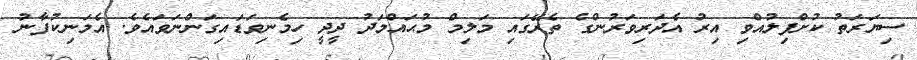
ސިޔަރަތު ކުށްފިލުއްވި އިރު އެދަރިވަރުންގެ ތެރޭގައި މަލިމް މުޙައްމަދު ދީދީ ހިމެނިވަޑައިގަންނަވައެވެ. އެމަނިކުފާނު